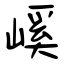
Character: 嵠